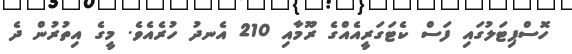
ހޮސްޕިޓަލުގައި ފަސް ކެޓަގަރީއެއްގެ ރޫމާއި 210 އެނދު ހުރެއެވެ. މީގެ އިތުރުން ދެ